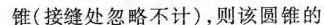
锥(接缝处忽略不计)，则该圆锥的